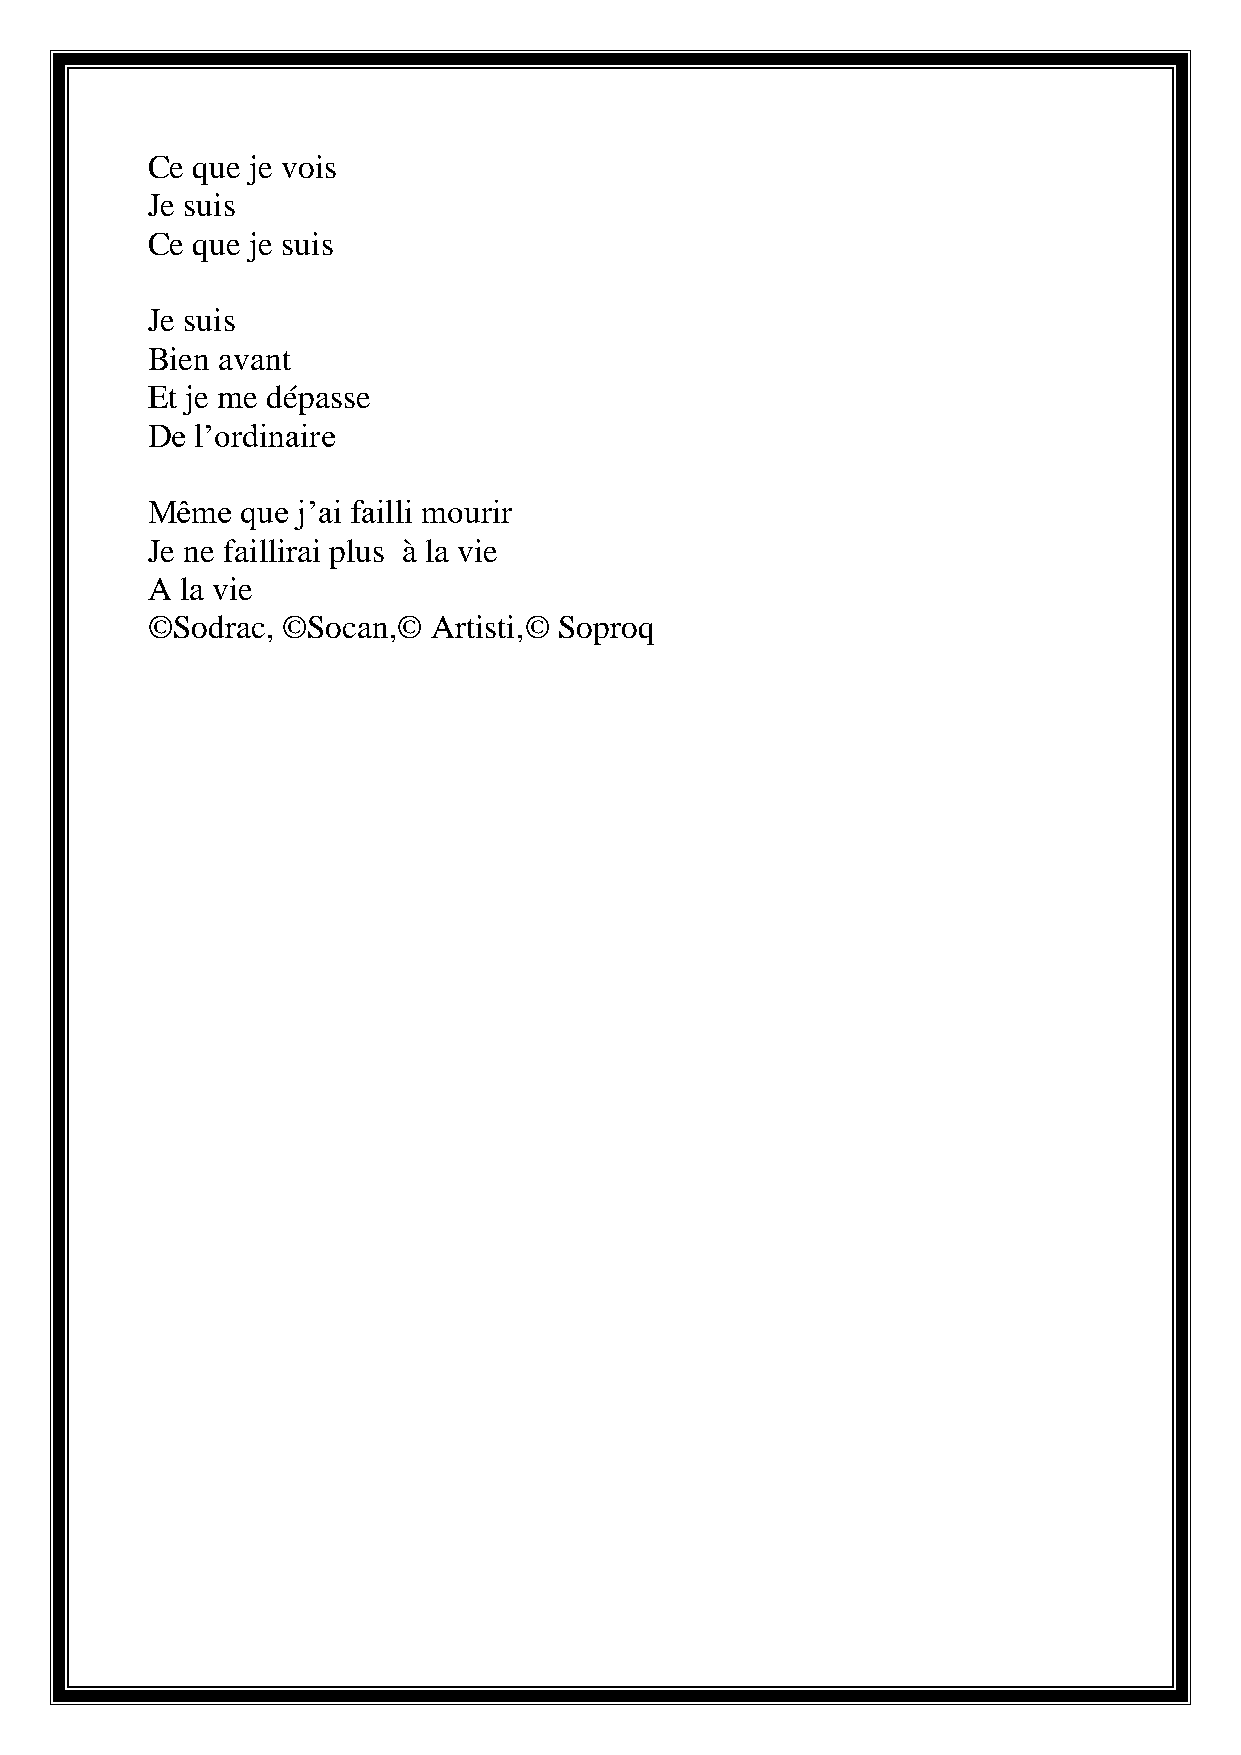
Ce que je vois
 Je suis
 Ce que je suis
 Je suis
 Bien avant
 Et je me dépasse
 De l’ordinaire
 Même  que j’ai failli mourir
 Je ne faillirai plus à la vie
 A la vie
 ©Sodrac, ©Socan,©  Artisti,© Soproq